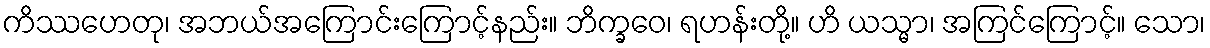
ကိဿဟေတု၊ အဘယ်အကြောင်းကြောင့်နည်း။ ဘိက္ခဝေ၊ ရဟန်းတို့။ ဟိ ယသ္မာ၊ အကြင်ကြောင့်။ သော၊